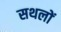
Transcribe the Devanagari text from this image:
सथलों